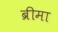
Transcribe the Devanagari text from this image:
ब्रीमा